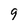
Character: 9